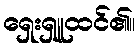
ရှေးရှူထင်၏။